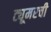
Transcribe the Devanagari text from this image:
ट्यूमरची